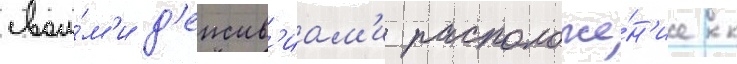
свои́м'и д'еиств'иам'и расположе́н'ие к